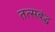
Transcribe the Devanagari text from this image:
तत्सबंद्ध